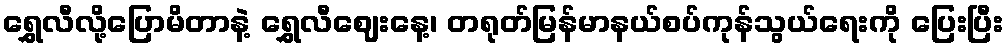
ရွှေလီလို့ပြောမိတာနဲ့ ရွှေလီဈေးနေ့၊ တရုတ်မြန်မာနယ်စပ်ကုန်သွယ်ရေးကို ပြေးပြီး